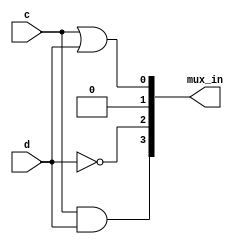
// This program was cloned from: https://github.com/Yvan-xy/verilog-doc
// License: GNU General Public License v2.0

module top_module (
    input c,
    input d,
    output [3:0] mux_in
); 
    
    assign mux_in[0] = c | d;
    assign mux_in[1] = 0;
    assign mux_in[2] = ~d;
    assign mux_in[3] = c & d;

endmodule